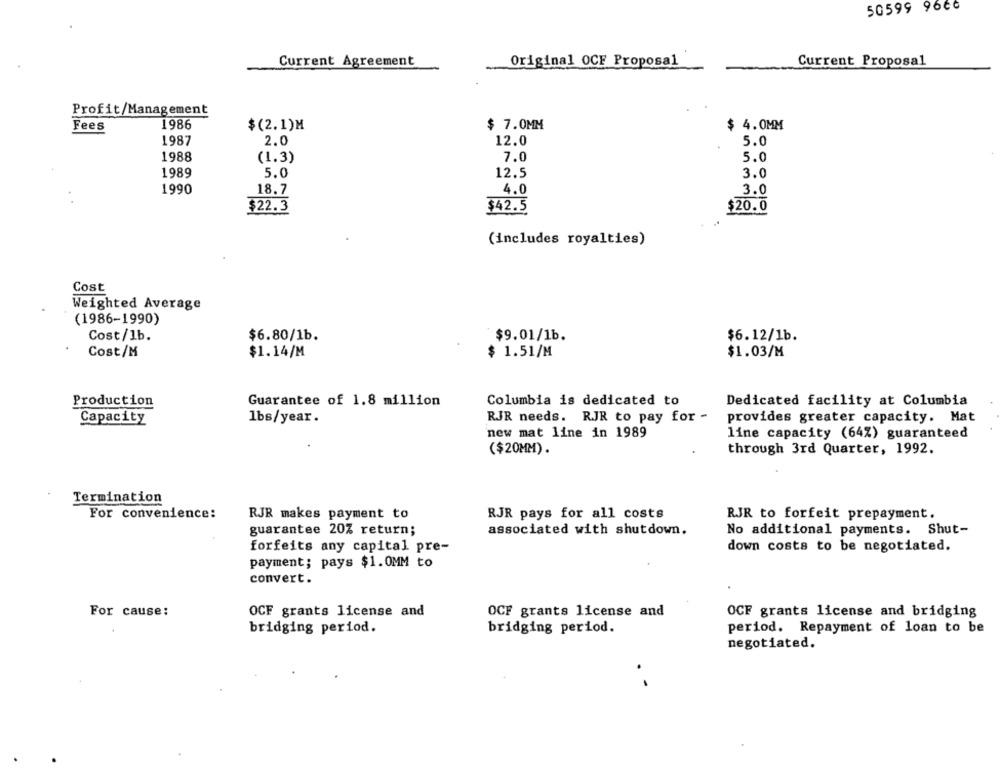
50599 9666
Current Agreement
Original OCF Proposal
Current Proposal
Profit/Management
Fees
1986
$(2.1)M
$ 7.0MM
$ 4.0MM
1987
2.0
12.0
5.0
1988
(1.3)
7.0
5.0
1989
5.0
12.5
3.0
1990
18.7
4.0
3.0
$22.3
$42.5
$20.0
(includes royalties)
Cost
Weighted Average
(1986-1990)
Cost/1b.
$6.80/1b.
$9.01/1b.
$6.12/1b.
Cost/M
$1.14/M
$ 1.51/M
$1.03/M
Production
Guarantee of 1.8 million
Columbia is dedicated to
Dedicated facility at Columbia
Capacity
lbs/year.
RJR needs. RJR to pay for -
provides greater capacity. Mat
new mat line in 1989
line capacity (64%) guaranteed
($20MM).
through 3rd Quarter, 1992.
Termination
For convenience:
RJR pays for all costs
RJR makes payment to
RJR to forfeit prepayment.
guarantee 20% return;
associated with shutdown.
No additional payments. Shut-
forfeits any capital pre-
down costs to be negotiated.
payment; pays $1.0MM to
convert.
For cause:
OCF grants license and
OCF grants license and
OCF grants license and bridging
bridging period.
bridging period.
period. Repayment of loan to be
negotiated.
-